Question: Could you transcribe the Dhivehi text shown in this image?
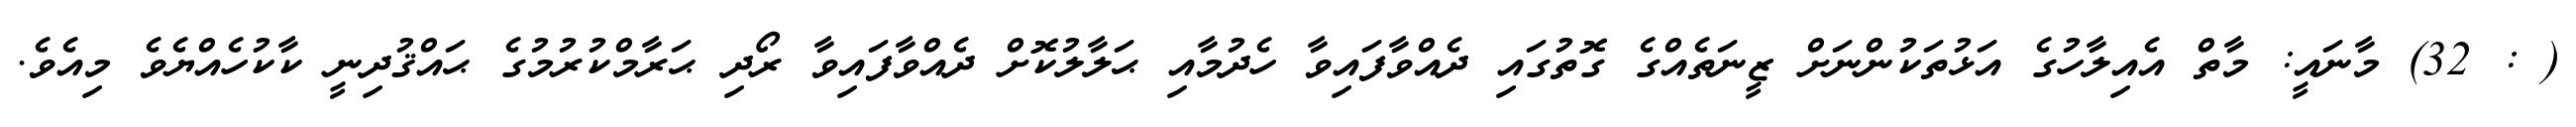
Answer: ( : 32) މާނައީ: މާތް އެއިލާހުގެ އަޅުތަކުންނަށް ޒީނަތެއްގެ ގޮތުގައި ދެއްވާފައިވާ ހެދުމާއި ޙަލާލުކޮށް ދެއްވާފައިވާ ރޯދި ޙަރާމްކުރުމުގެ ޙައްޤުދިނީ ކާކުހެއްޔެވެ މިއެވެ.